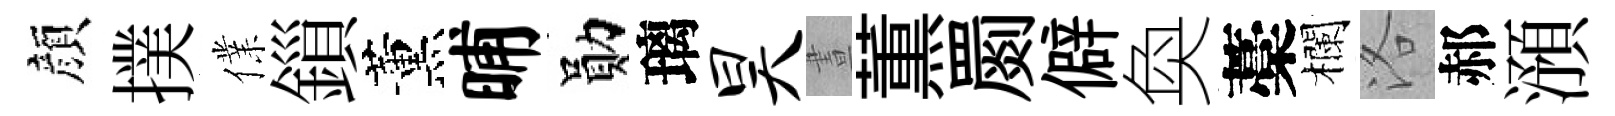
顔撲㒒鎻薰晡勛璃昊晝薫罽僻奐藁欄洛郝澦